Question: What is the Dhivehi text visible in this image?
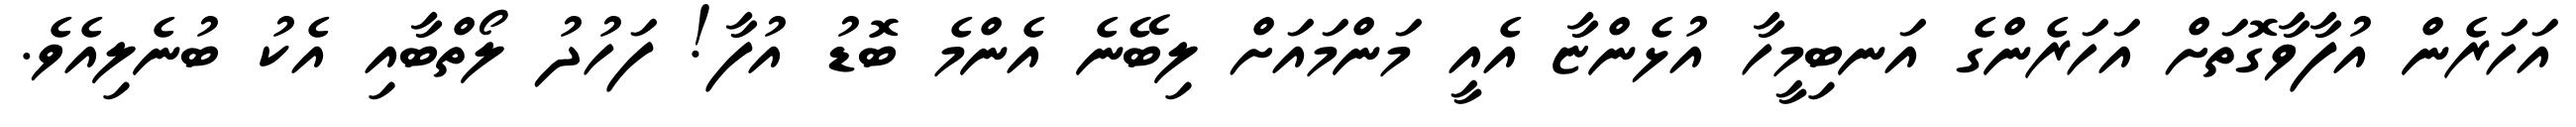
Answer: އަހަރެން އުފާވާގޮތަށް އަހަރެންގެ އަނބިމީހާ އުޅެންޏާ އެއީ މަންމައަށް ލިބޭނެ އެންމެ ބޮޑު އުފާ! ފަހުދު ލޯތްބާއި އެކު ބުނެލިއެވެ.